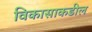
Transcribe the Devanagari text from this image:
विकासाकडील